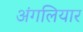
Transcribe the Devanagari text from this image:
अंगलियार